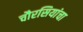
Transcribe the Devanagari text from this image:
चौरसियांचा